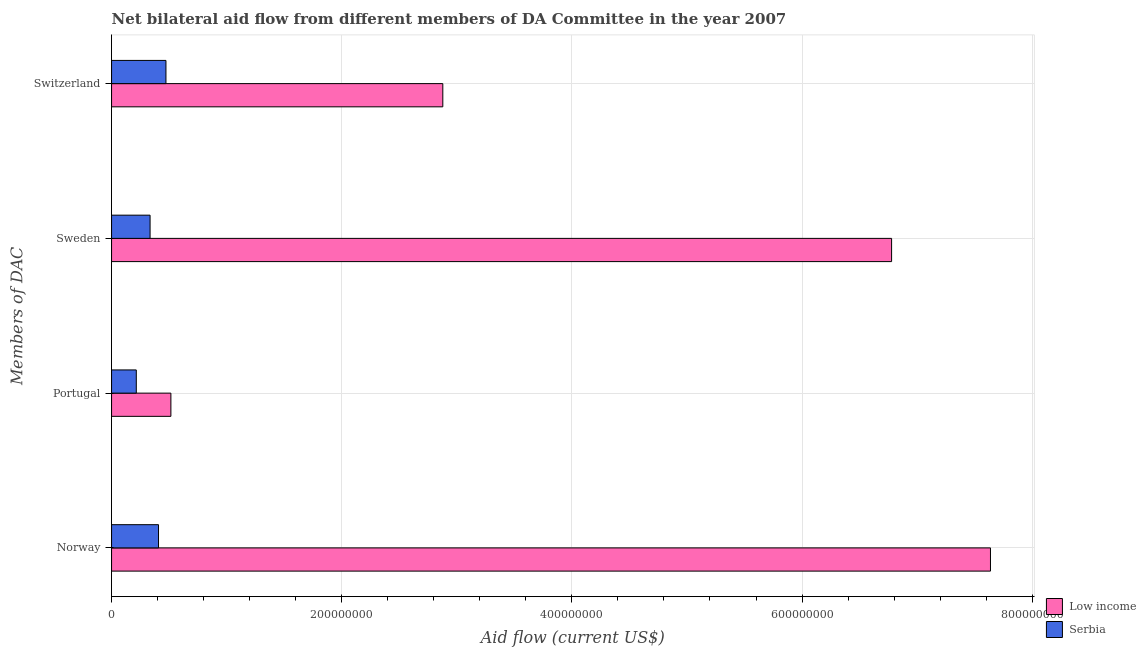
| Members of DAC | Low income | Serbia |
 | --- | --- | --- |
 | Norway | 7.64e+08 | 4.08e+07 |
 | Portugal | 5.16e+07 | 2.15e+07 |
 | Sweden | 6.78e+08 | 3.35e+07 |
 | Switzerland | 2.88e+08 | 4.73e+07 |